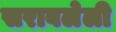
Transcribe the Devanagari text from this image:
सरावलेली